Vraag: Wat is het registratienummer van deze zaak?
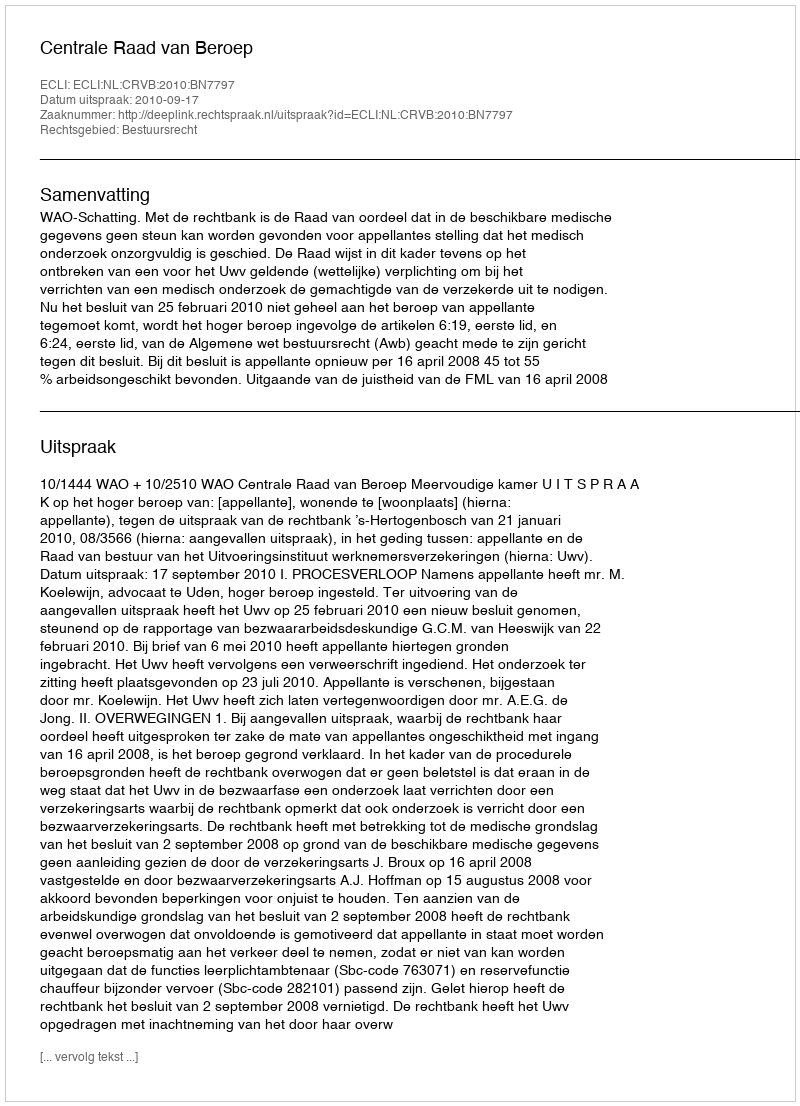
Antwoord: http://deeplink.rechtspraak.nl/uitspraak?id=ECLI:NL:CRVB:2010:BN7797